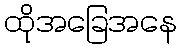
ထိုအခြေအနေ